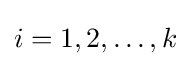
i=1,2,\ldots ,k